Report of an investigation of the epidemic of malarial fever in Assam, or, kala-azar
Disease focus: Malaria
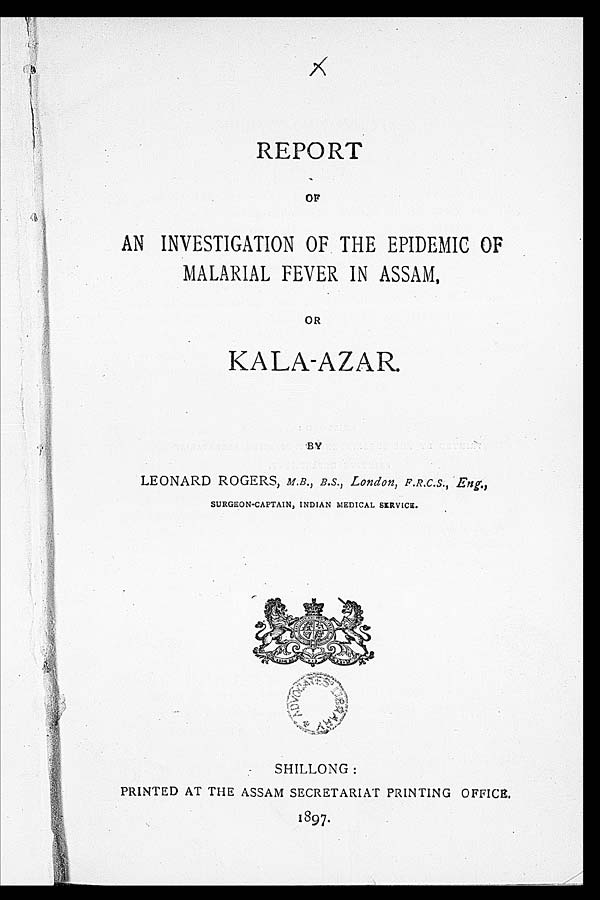
REPORT
OF
AN INVESTIGATION OF THE EPIDEMIC OF
MALARIAL FEVER IN ASSAM.
OR
KALA-AZAR.
BY
LEONARD ROGERS, M.B., B.S., London, F.R.C.S., Eng.,
SURGEON-CAPTAIN, INDIAN MEDICAL SERVICE.
SHILLONG :
PRINTED AT THE ASSAM SECRETARIAT PRINTING OFFICE.
1897.